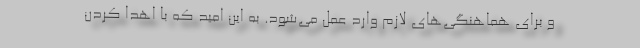
و برای هماهنگی‌‌های لازم وارد عمل می‌شود. به این امید که با اهدا کردن